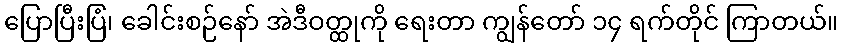
ပြောပြီးပြံ၊ ခေါင်းစဉ်နော် အဲဒီဝတ္ထုကို ရေးတာ ကျွန်တော် ၁၄ ရက်တိုင် ကြာတယ်။